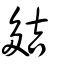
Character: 夡